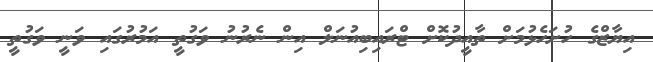
އިޔާޒްގެ ހުށަހެޅުމަށް ތާއީދުކޮށް ޓްރައިބިއުނަލް އިން ނެރުނު ވަގުތީ އަމުރުގައި ވަނީ ވަގުތީ